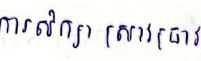
ការសិក្សាស្រាវជ្រាវ